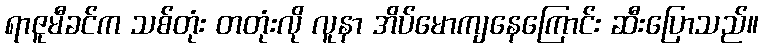
ရာဇူမီခင်က သစ်တုံး တတုံးလို လူနာ အိပ်မောကျနေကြောင်း ဆီးပြောသည်။